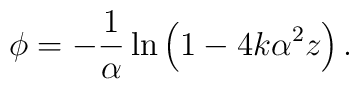
\phi = -\frac{1}{\alpha}\ln\left(1-4k\alpha^2z\right).